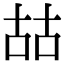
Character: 𠳬